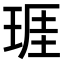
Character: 𤦐